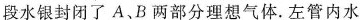
段水银封闭了A、B两部分理想气体.左管内水